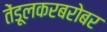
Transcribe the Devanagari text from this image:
तेंडूलकरबरोबर